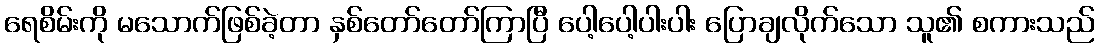
ရေစိမ်းကို မသောက်ဖြစ်ခဲ့တာ နှစ်တော်တော်ကြာပြီ ပေါ့ပေါ့ပါးပါး ပြောချလိုက်သော သူ၏ စကားသည်